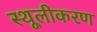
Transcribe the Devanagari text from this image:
स्थूलीकरण